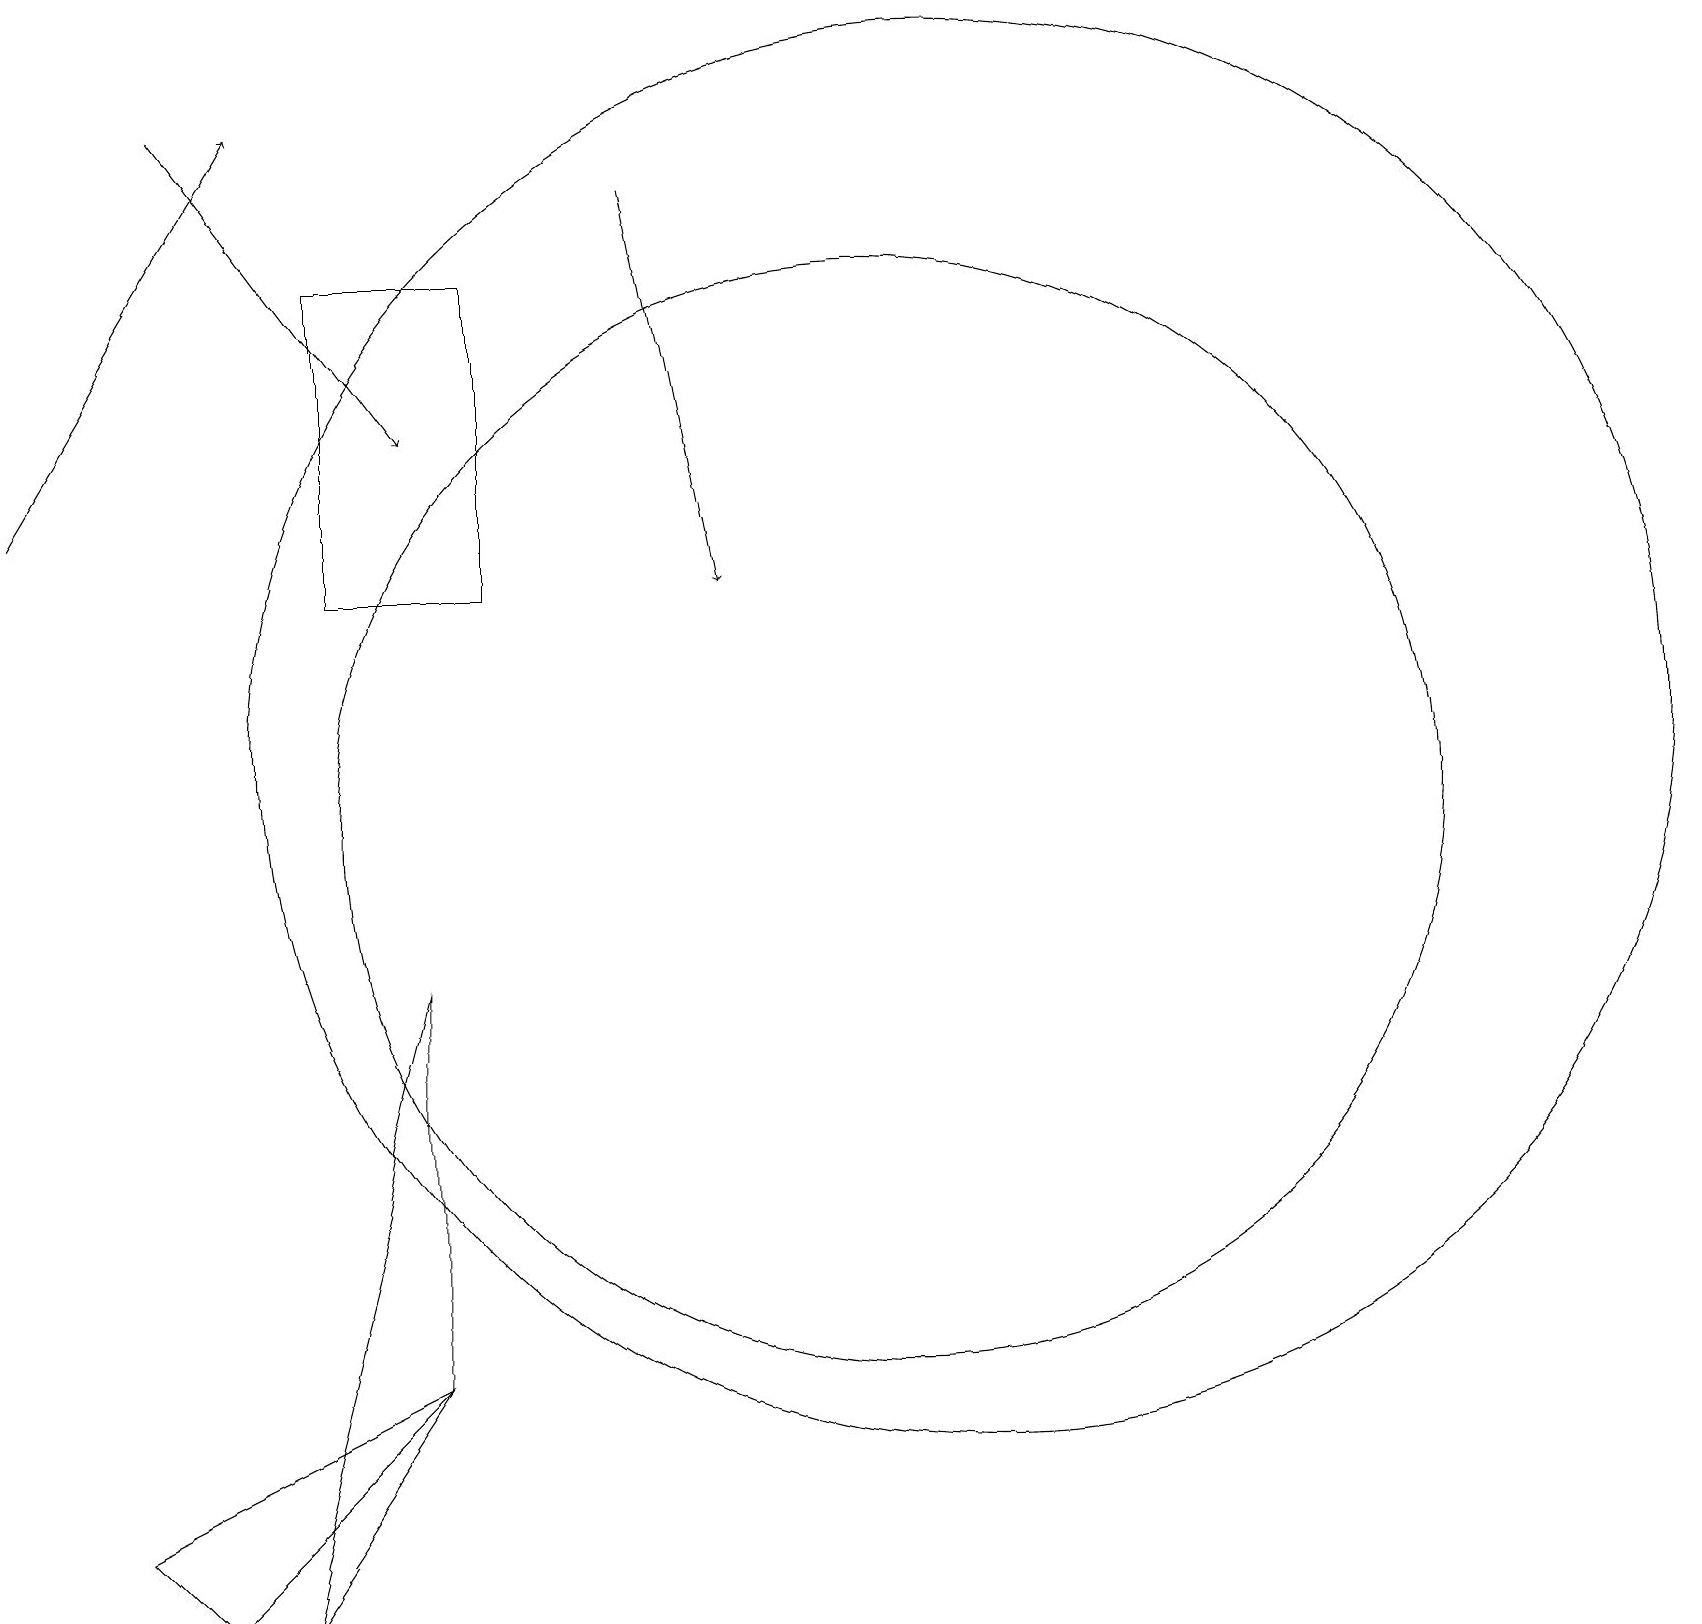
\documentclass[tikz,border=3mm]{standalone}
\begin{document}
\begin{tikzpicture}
\draw (1,1) -- (2,0) -- (5,3) -- cycle;
\draw (12,11) circle (9);
\draw[->] (0,14) -- (3,19);
\draw (3,0) -- (5,3) -- (5,8) -- cycle;
\draw (11,10) circle (7);
\draw (6,13) rectangle (4,17);
\draw[->] (2,19) -- (5,15);
\draw[->] (8,18) -- (9,13);
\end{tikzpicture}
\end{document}